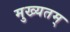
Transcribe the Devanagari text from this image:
मुख्यतम्